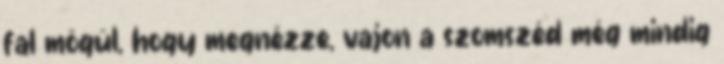
fal mögül, hogy megnézze, vajon a szomszéd még mindig